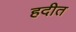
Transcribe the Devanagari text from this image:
हदीत